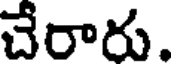
చేరారు.